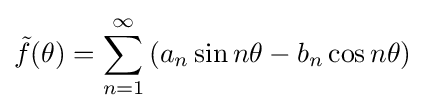
{\tilde {f}}(\theta )=\sum _{n=1}^{\infty }\left(a_{n}\sin n\theta -b_{n}\cos n\theta \right)